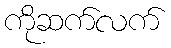
ကိုဆက်လက်